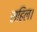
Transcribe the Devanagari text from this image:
राहिल।